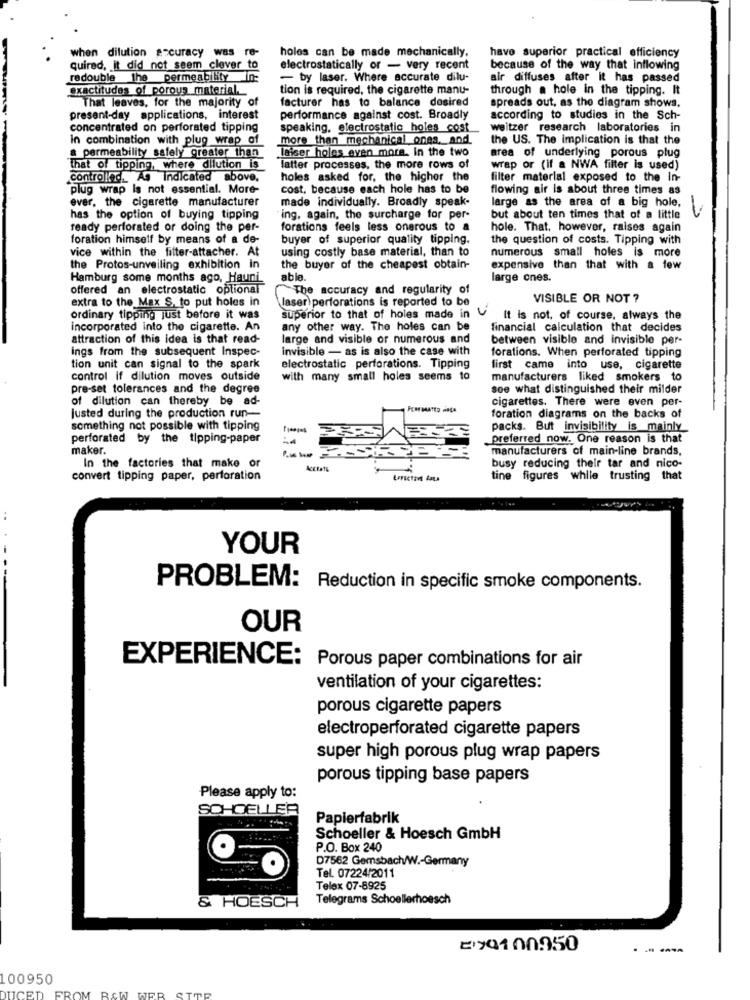
when dilution accuracy was re-
holes can be made mechanically.
have superior practical efficiency
quired, it did not seem clever to
electrostatically or - very recent
because of the way that inflowing
redouble the permeability in:
- by laser. Where accurate dilu-
air diffuses after it has passed
exactitudes of porous material.
tion is required, the cigarette manu-
through a hole in the tipping. It
That leaves, for the majority of
facturer has to balance desired
spreads out, as the diagram shows.
present-day applications, interest
performance against cost. Broadly
according to studies in the Sch-
concentrated on perforated tipping
speaking, electrostatic holes cost
weitzer research laboratories in
In combination with plug wrap of
more than mechanical ones ._ and.
the US. The implication is that the
a permeability safely greater than
laiser holes even more. In the two
area of underlying porous plug
that of tipping, where dilution is
latter processes, the more rows of
wrap or (if a NWA filter is used)
controlled. As Indicated above,
holes asked for, the higher the
filter material exposed to the In-
plug wrap Is not essential. More-
cost. because each hole has to be
flowing air is about three times as
ever, the cigarette manufacturer
made individually. Broadly speak-
large as the area of a big hole,
has the option of buying tipping
ing, again, the surcharge for per-
but about ten times that of a little
ready perforated or doing the per-
forations feels less onerous to a
hole. That, however, raises again
foration himself by means of a de-
buyer of superior quality tipping.
the question of costs. Tipping with
vice within the filter-attacher. At
using costly base material, than to
numerous small holes is more
the Protos-unveiling exhibition in
the buyer of the cheapest obtain-
expensive than that with a few
Hamburg some months ago, Hauni
able.
large ones.
offered an electrostatic optional
"The accuracy and regularity of
extra to the Max S. to put holes in
laser perforations is reported to be
VISIBLE OR NOT ?
ordinary tipping just before it was
superior to that of holes made in
It is not. of course, always the
incorporated into the cigarette. An
any other way. The holes can be
financial calculation that decides
attraction of this idea is that read-
large and visible or numerous and
between visible and invisible per-
ings from the subsequent Inspec-
Invisible - as is also the case with
forations. When perforated tipping
tion unit can signal to the spark
electrostatic perforations. Tipping
first came into use, cigarette
control If dilution moves outside
with many small holes seems to
manufacturers liked smokers to
pre-set tolerances and the degree
see what distinguished their milder
of dilution can thereby be ad-
cigarettes. There were even per-
justed during the production run-
foration diagrams on the backs of
something not possible with tipping
packs. But invisibility is mainly
perforated by the tipping-paper
preferred now. One reason is that
maker.
manufacturers of main-line brands,
In the factories that make or
Accrato
busy reducing their tar and nico-
convert tipping paper, perforation
tine figures while trusting that
YOUR
PROBLEM: Reduction in specific smoke components.
OUR
EXPERIENCE: Porous paper combinations for air
ventilation of your cigarettes:
porous cigarette papers
electroperforated cigarette papers
super high porous plug wrap papers
porous tipping base papers
Please apply to:
SOHOELLER
Papierfabrik
Schoeller & Hoesch GmbH
P.O. Box 240
D7562 Gemsbach/W .- Germany
Tel. 07224/2011
Telex 07-8925
& HOESCH
Telegrams Schoellerhoesch
270100950
--
100950
FROM RAW
DUCED